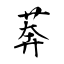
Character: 莾